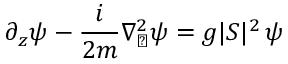
\partial _ { z } \psi - \frac { i } { 2 m } \nabla _ { \perp } ^ { 2 } \psi = g \vert S \vert ^ { 2 } \, \psi